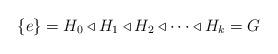
LaTeX: \begin{align*}\{e\} = H_0 \triangleleft H_1 \triangleleft H_2 \triangleleft \dotsb \triangleleft H_k = G\end{align*}